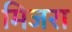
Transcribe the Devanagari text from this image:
मिजरा